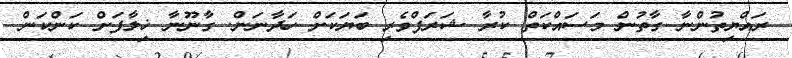
ރައްޔިތުންނާ ގާތުން މަސައްކަތް ކުރާ ޝަރަފްވެރި ބަޔަަކަށް ހަދާނަން. ގާނޫނާ ޚިލާފަށް ކަންކަން